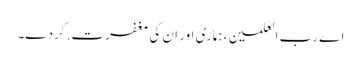
اے رب العٰلمین، ہماری اور ان کی مغفرت. کردے۔